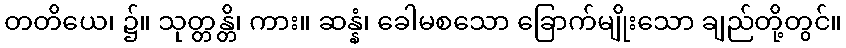
တတိယေ၊ ၌။ သုတ္တန္တိ၊ ကား။ ဆန္နံ၊ ခေါမစသော ခြောက်မျိုးသော ချည်တို့တွင်။